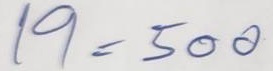
19 = 500